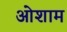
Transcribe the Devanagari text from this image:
ओशाम